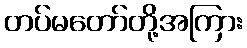
တပ်မတော်တို့အကြား